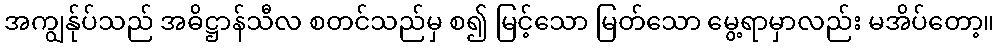
အကျွန်ုပ်သည် အဓိဋ္ဌာန်သီလ စတင်သည်မှ စ၍ မြင့်သော မြတ်သော မွေ့ရာမှာလည်း မအိပ်တော့။